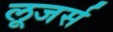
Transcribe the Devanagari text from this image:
लूजर्स